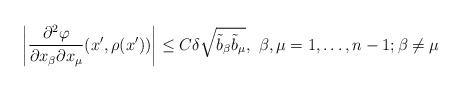
\begin{align*}\left|\frac{\partial^2 \varphi}{\partial x_\beta \partial x_\mu} (x', \rho (x'))\right| \leq C \delta \sqrt{\tilde{b}_\beta \tilde{b}_\mu},\ \beta, \mu = 1, \ldots, n-1; \beta \neq \mu\end{align*}